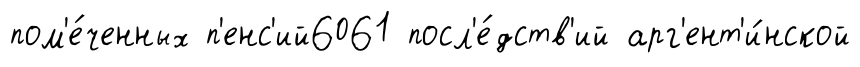
пом'е́ченных п'енс'ий6061 посл'е́дств'ий арг'ент'и́нской